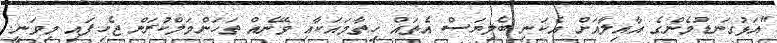
"އަޅުގަނޑުމެންގެ އާއިލާއަށް އެކަނި ބެލިޔަސް އެތައް ހިތާމައަކާއި ވޭނެއް ތަހަންމަލްކުރަން ޖެހިފައި މިވަނީ.